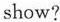
show？